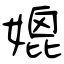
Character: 媲